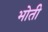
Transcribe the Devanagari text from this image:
भोती